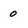
Character: 0